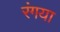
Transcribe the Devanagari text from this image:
रंगया